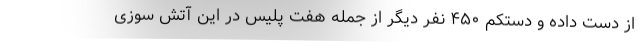
از دست داده و دستکم ۴۵۰ نفر دیگر از جمله هفت پلیس در این آتش سوزی